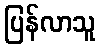
ပြန်လာသူ